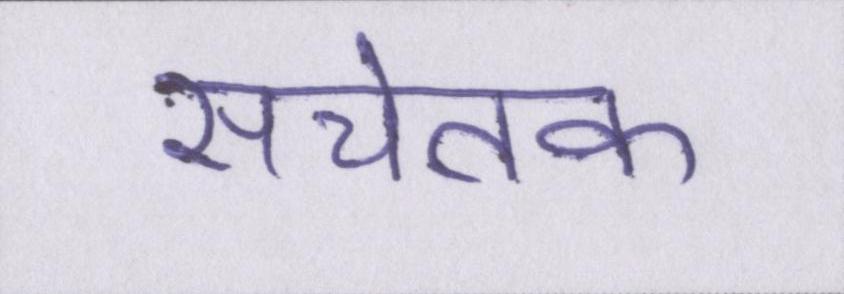
सचेतक